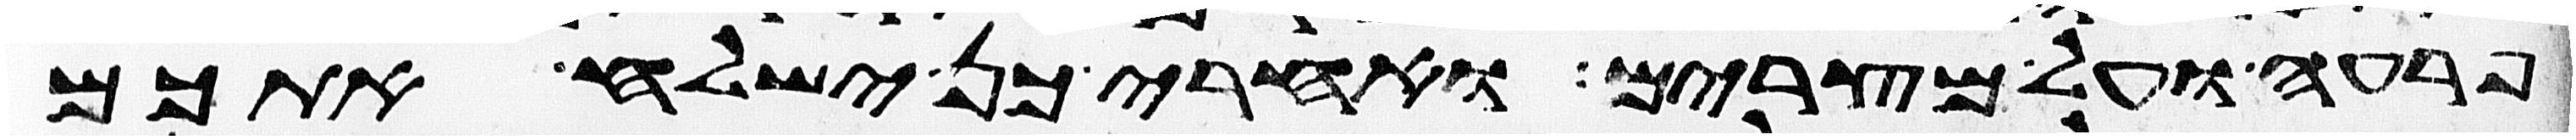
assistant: פרעה ועל מצרים ואחרי כן ישלח אתכם